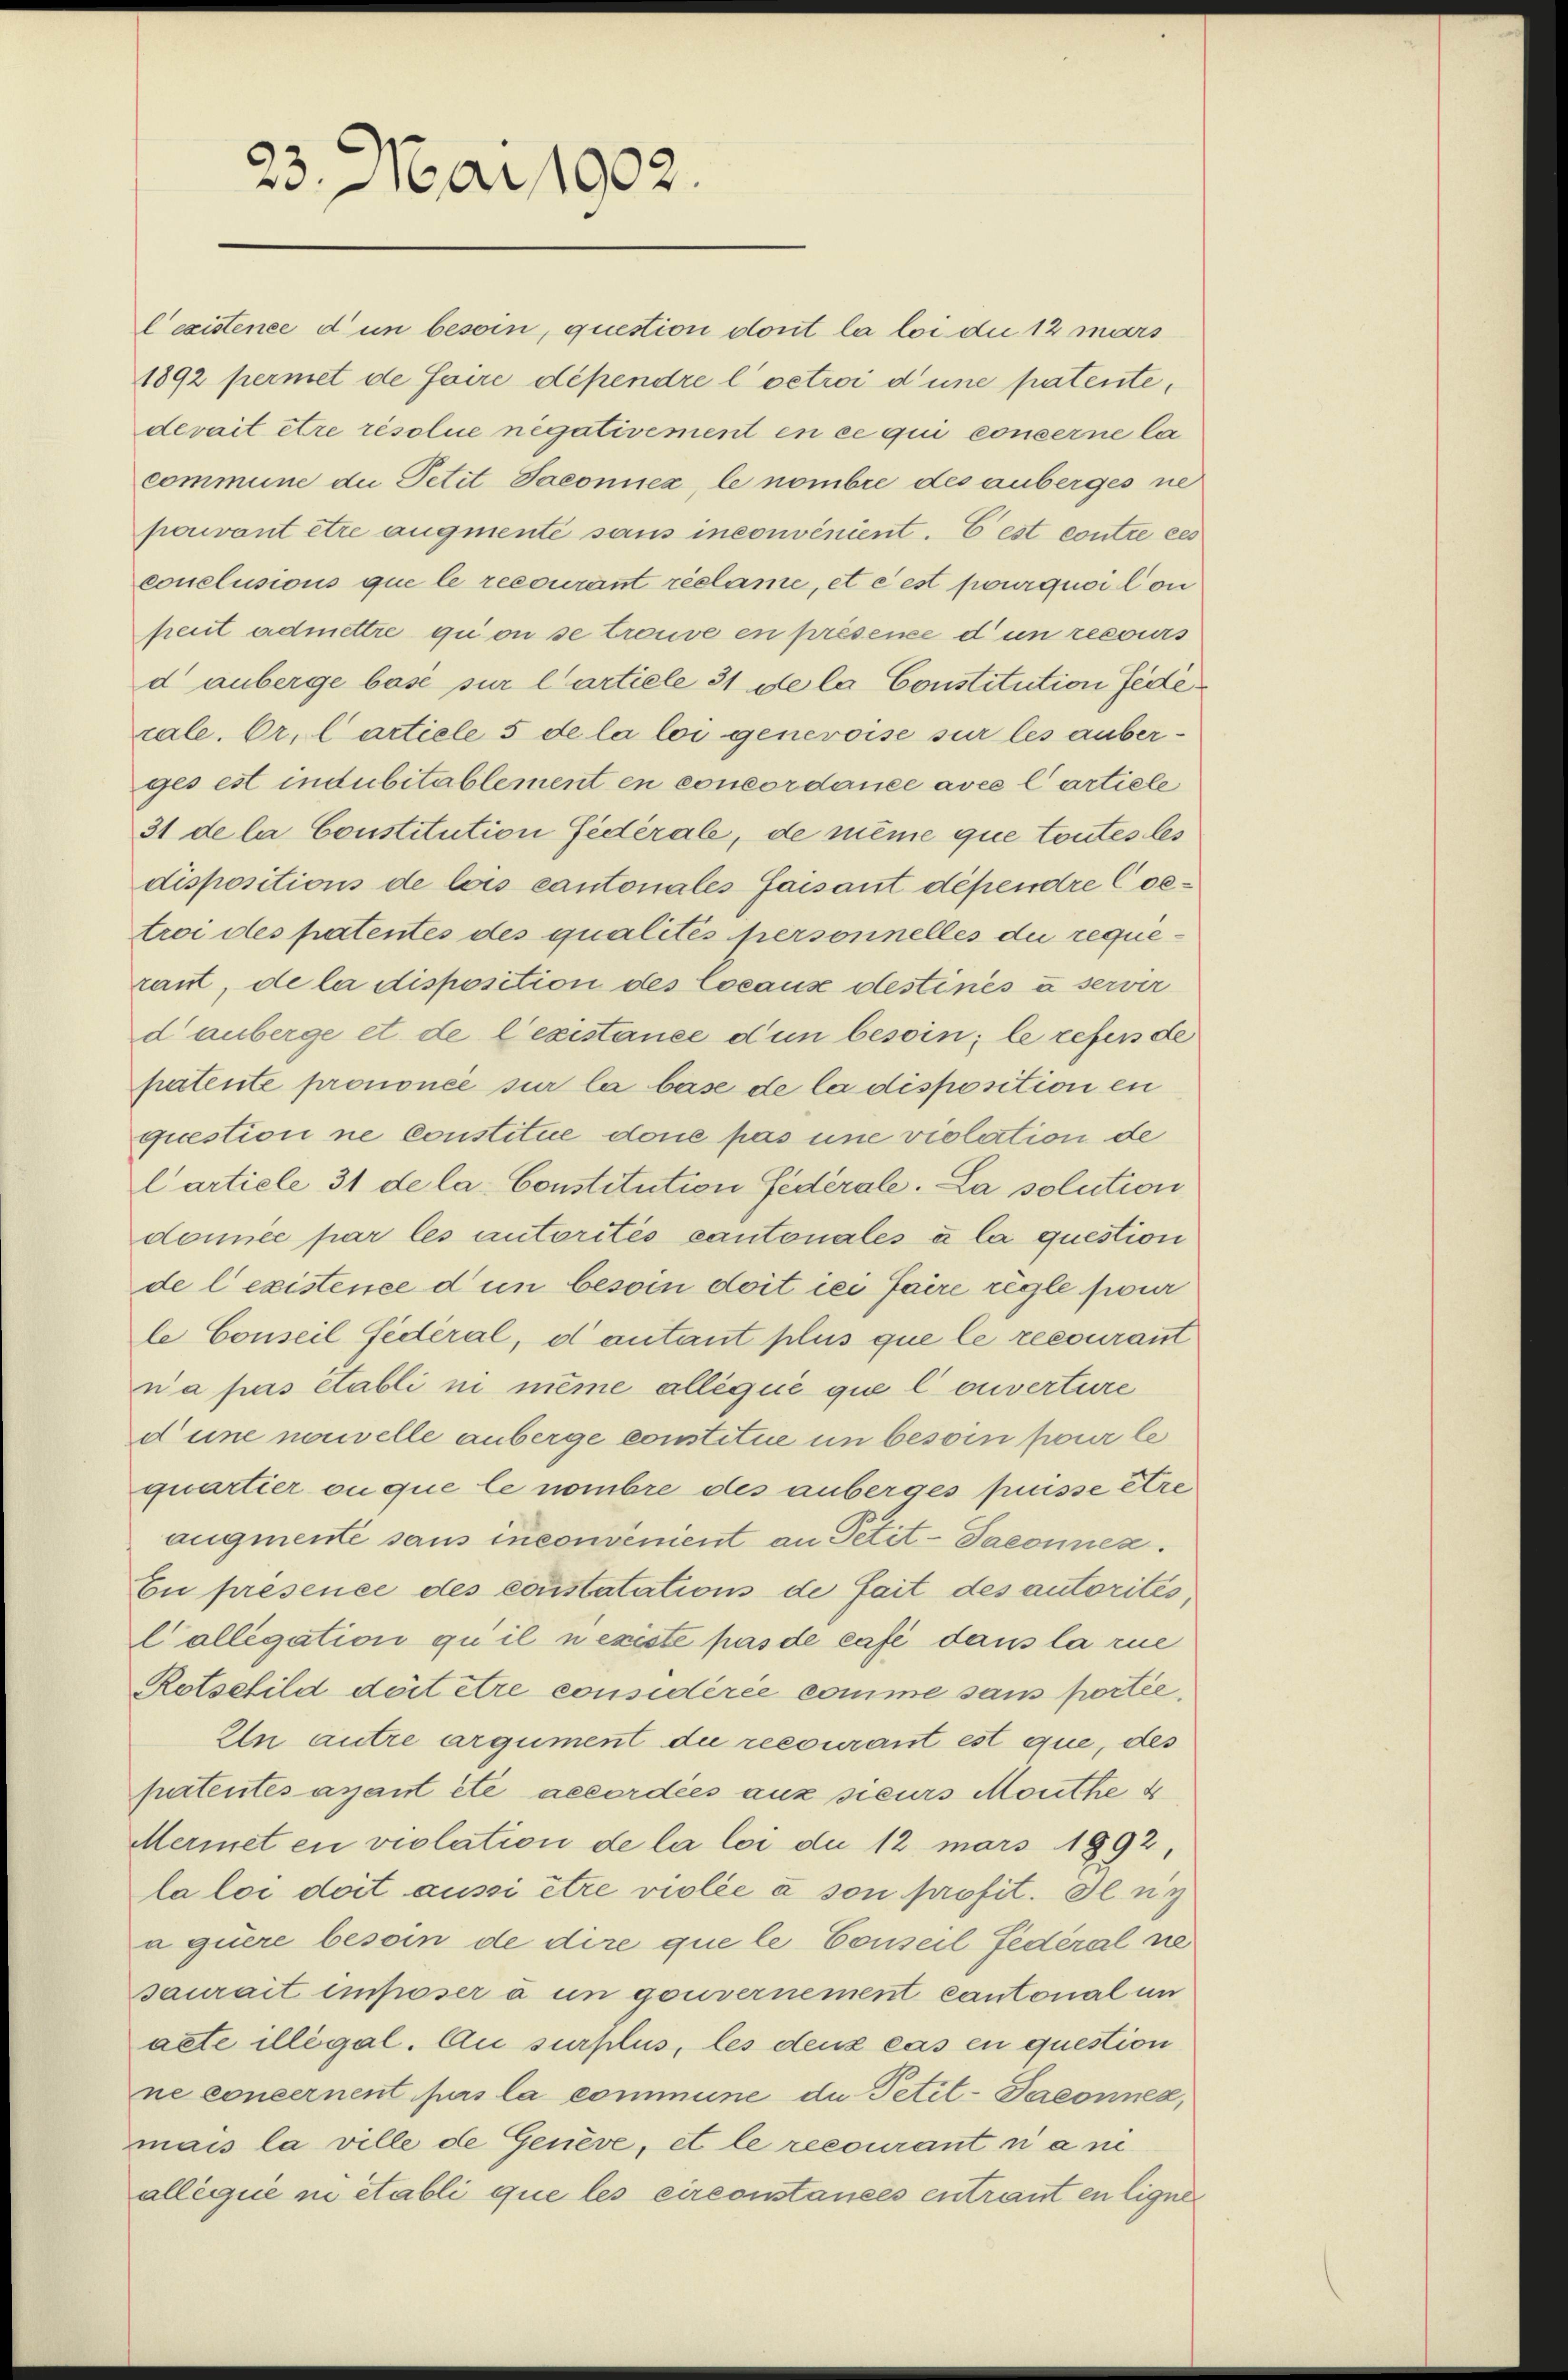
23. Mai 1902.

lexistence d un besoin, question dont la loi die 12 mars
1892 permet de faire dépendre loetroi d une patente,
devait être résolue negativement en ce qui concerne la
commune die Petit Jaconuez, le nombre des anberges ne
pouvant être augmente sans inconvenient. E est contre ces
conclusions que le recourant réclame, et é est pourquci Con
peut admettre quoni se trouve en présence d un recours
d anberge base sur l’article 31 de la Constitution fede
rale. Er. Cartiele 5 de la loi genevoise sur les auberges est indubitablement en concordance avec l’artiele
31 de la Constitution fédérale, de même que toutes les
dispositions de lois cantonales faisant dépendre Coetroi des patentes des qualités personnelles die requerant, de la disposition des Cocause destinés u server
d anberge et de l’existance d’un besoin; le refers de
patente prononcé sur la base de la disposition en
question ne constitue done pas une violation de
Carticle 31 de la Constitution Federale. La solution
donnée par les autorités cantonales à la question
de l’existence d in besoin doit ici faire règle four
le Conseil fédéral, d’autant plus que le recourant
n’a pas établi in même alleque que l’ouverture
d eine nouvelle anberge constitue in besoin pour le
quartier ou que le nombre des anberges presse être
augmente sans inconvenient an Petit-Saconnen.
Eu présence des constatations de fait des autorités,
Collegation qu il nexiste pas de Café dans la rue
Rotschild doit être considérée comme sans portée,
In autre argument die recourant est que, des
patentés avant été accordées aux sieurs Monthe 4
Mermet en violation de la loi du 12 mars 1892,
la loi doit aussi être violée à son profit. Il n’y
a quere besoin de dire que le Conseil fédéral ne
saurait imposer à in gouvernement cantonal un
aete illégal. Au surplus, les deux cas en question
ne concernent purs la commune du Petit-Paeonnez,
mais la ville de Genève, et le recourant n’a ni
allegiie ni établi que les circonstances entraut en ligne